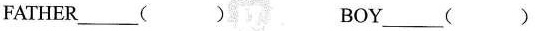
FATHER___( ) BOY___( )